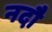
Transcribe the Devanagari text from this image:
नदौ